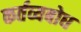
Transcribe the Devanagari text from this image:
कर्तव्यबोध